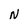
Character: N